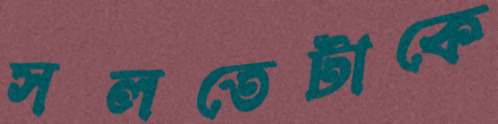
সলতেটাকে